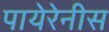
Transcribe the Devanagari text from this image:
पायेरेनीस